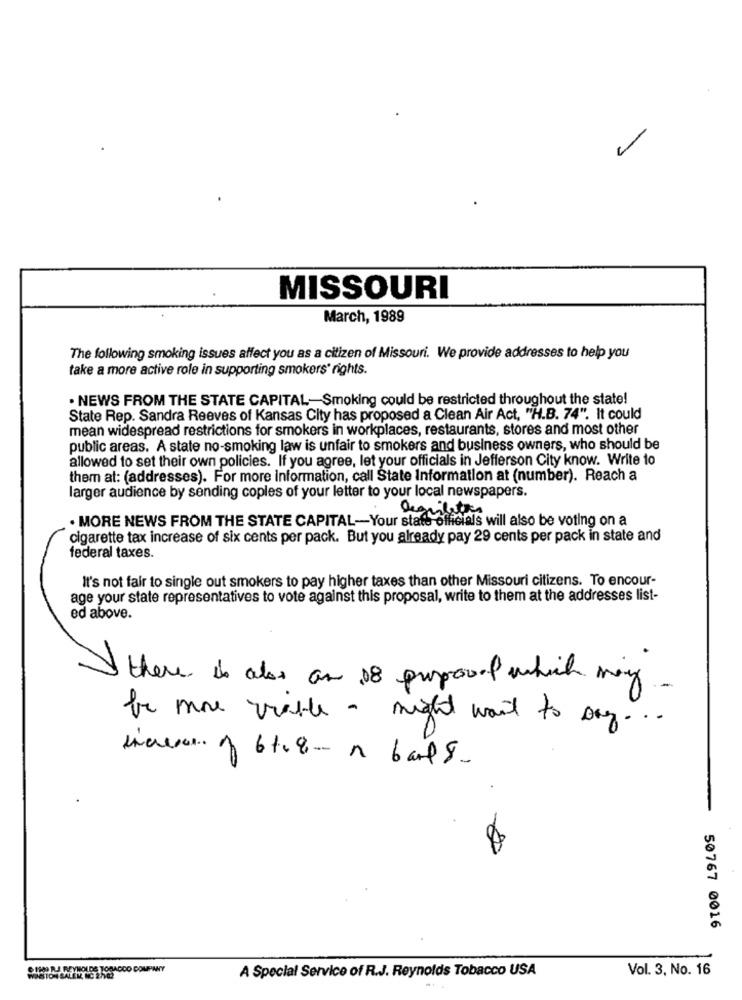
MISSOURI
March, 1989
The following smoking issues affect you as a citizen of Missouri. We provide addresses to help you
take a more active role in supporting smokers' rights.
. NEWS FROM THE STATE CAPITAL-Smoking could be restricted throughout the state!
State Rep. Sandra Reeves of Kansas City has proposed a Clean Air Act, "H.B. 74". It could
mean widespread restrictions for smokers in workplaces, restaurants, stores and most other
public areas. A state no-smoking law is unfair to smokers and business owners, who should be
allowed to set their own policies. If you agree, let your officials in Jefferson City know. Write to
them al: (addresses). For more Information, call State Information at (number). Reach a
larger audience by sending copies of your letter to your local newspapers.
. MORE NEWS FROM THE STATE CAPITAL-Your state officials will also be voting on a
degule
cigarette tax increase of six cents per pack. But you already pay 29 cents per pack in state and
federal taxes.
It's not fair to single out smokers to pay higher taxes than other Missouri citizens. To encour-
age your state representatives to vote against this proposal, write to them at the addresses list-
ed above.
there is also an 08 proposal which may
be more viable - might want to say ...
50767 0016
CIMA REYNOLDS TOSACCO COMPANY
A Special Service of R.J. Reynolds Tobacco USA
Vol. 3, No. 16
WESTON SALEM, NC 2hCS